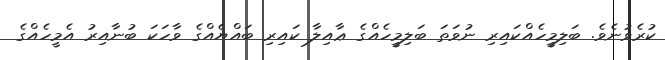
ކުރެވުނެވެ. ބަލިމީހެއްކައިރި ނުވަތަ ބަލިމީހެއްގެ ޢާއިލާ ކައިރި ބައްޔެއްގެ ވާހަކަ ބުނާއިރު އެމީހެއްގެ